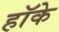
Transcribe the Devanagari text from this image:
हॉके